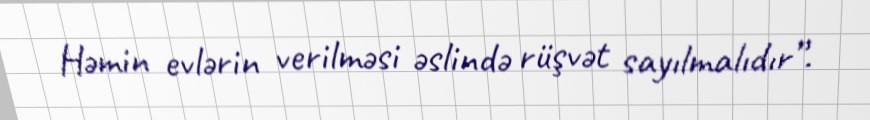
Həmin evlərin verilməsi əslində rüşvət sayılmalıdır”.